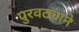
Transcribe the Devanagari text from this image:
पुरवठ्याने